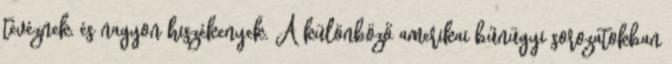
tévéznek, és nagyon hiszékenyek. A különböző amerikai bűnügyi sorozatokban